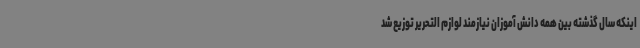
اینکه سال گذشته بین همه دانش آموزان نیازمند لوازم التحریر توزیع شد